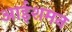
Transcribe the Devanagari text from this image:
आईशमन